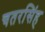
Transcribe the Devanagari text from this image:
चतरसिंह